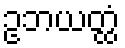
ဥဘယတ္ထံ